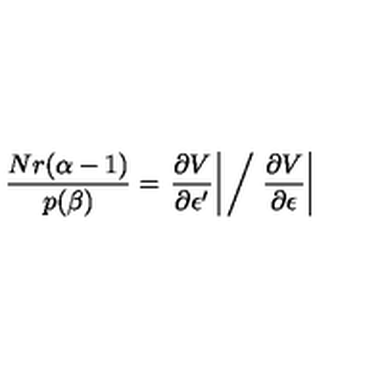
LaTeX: \frac { N r ( \alpha - 1 ) } { p ( \beta ) } = \left. \frac { \partial V } { \partial \epsilon ^ { \prime } } \right| \bigg / \left. \frac { \partial V } { \partial \epsilon } \right|